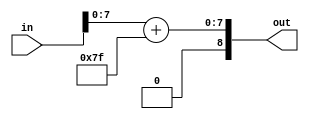
`timescale 1ns / 1ps

module realmultexp(
input [8:0] in,
output reg [8:0] out
    );
    
reg [8:0] signout;
    
always @ (*)
begin
signout = in + 127;
out = signout [7:0];
end    
endmodule